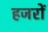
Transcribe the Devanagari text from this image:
हजरों